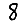
Digit: 8